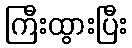
ကြီးထွားပြီး